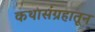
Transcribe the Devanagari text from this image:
कथासंग्रहातून